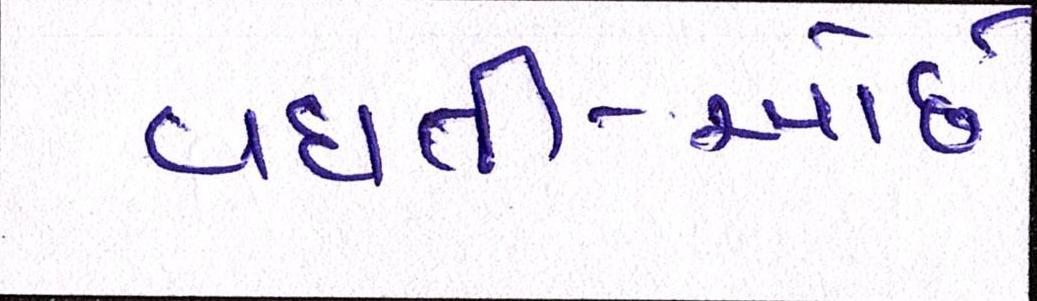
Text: વધતી-ઓછી